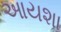
આયશા